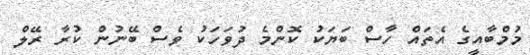
މުމްބާއީގެ އެތައް ހާސް ބަޔަކު ކޮންމެ ދުވަހަކު ވެސް ބޭނުން ކުރާ ރޭލް